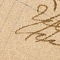
نديم عطالله